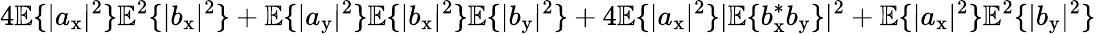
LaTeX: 4\mathbb{E}\{ |a_{\mathrm{x}}|^{2}\} \mathbb{E}^{2}\{ |b_{\mathrm{x}}|^{2}\} +\mathbb{E}\{ |a_{\mathrm{y}}|^{2}\} \mathbb{E}\{ |b_{\mathrm{x}}|^{2}\} \mathbb{E}\{ |b_{\mathrm{y}}|^{2}\} +4\mathbb{E}\{ |a_{\mathrm{x}}|^{2}\} |\mathbb{E}\{ b_{\mathrm{x}}^{\ast}b_{\mathrm{y}}\} |^{2}+\mathbb{E}\{ |a_{\mathrm{x}}|^{2}\} \mathbb{E}^{2}\{ |b_{\mathrm{y}}|^{2}\}